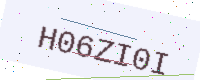
Text: H06ZI0I